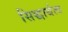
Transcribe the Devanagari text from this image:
सिद्धार्थत्व